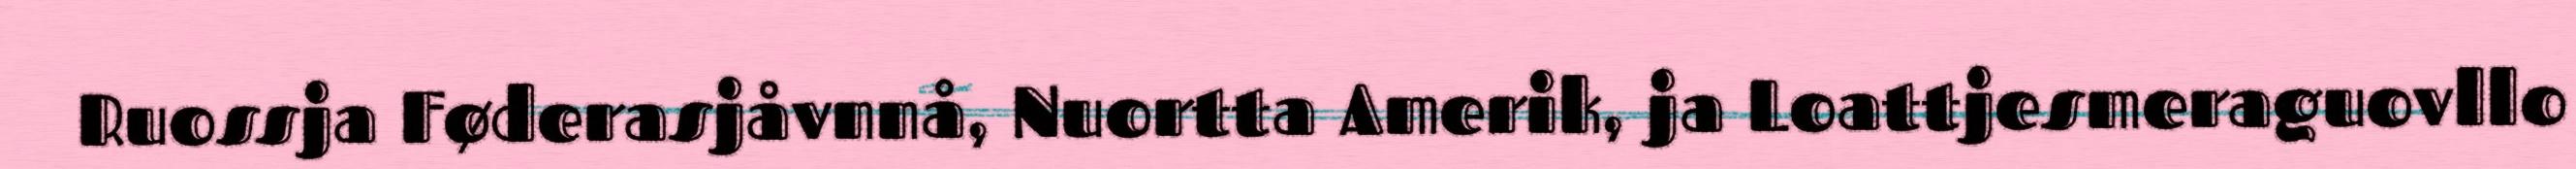
Ruossja Føderasjåvnnå, Nuortta Amerik, ja Loattjesmeraguovllo